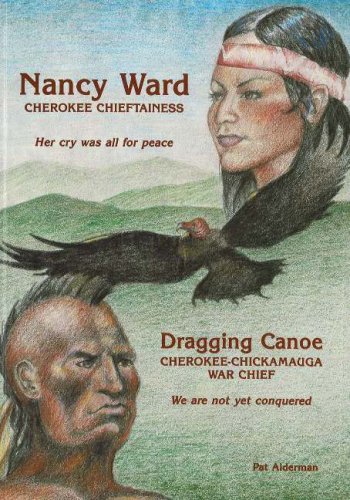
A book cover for Nancy Ward / Dragging Canoe: Cherokee Chieftainess / Cherokee-Chickamauga War Chief; Pat Alderman; Teen & Young Adult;